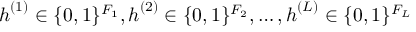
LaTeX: { \boldsymbol { h } } ^ { ( 1 ) } \in \{ 0 , 1 \} ^ { F _ { 1 } } , { \boldsymbol { h } } ^ { ( 2 ) } \in \{ 0 , 1 \} ^ { F _ { 2 } } , \ldots , { \boldsymbol { h } } ^ { ( L ) } \in \{ 0 , 1 \} ^ { F _ { L } }